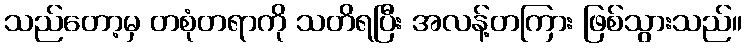
သည်တော့မှ တစုံတရာကို သတိရပြီး အလန့်တကြား ဖြစ်သွားသည်။